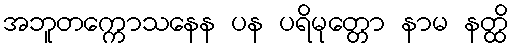
အဘူတက္ကောသနေန ပန ပရိမုတ္တော နာမ နတ္ထိ